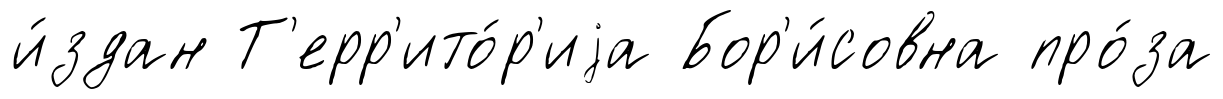
и́здан Т'ерр'ито́р'иjа Бор'и́совна про́за